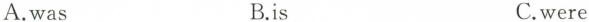
A.was B.is C.were